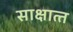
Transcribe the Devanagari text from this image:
साक्षात्‍त